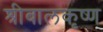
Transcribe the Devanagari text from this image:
श्रीबालकृष्ण